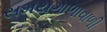
સમયગાળાવાળી